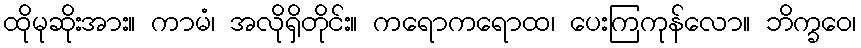
ထိုမုဆိုးအား။ ကာမံ၊ အလိုရှိတိုင်း။ ကရောကရောထ၊ ပေးကြကုန်လော။ ဘိက္ခဝေ၊